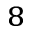
_ 8